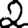
Digit: 2